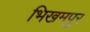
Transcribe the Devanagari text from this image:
भिखमपुर